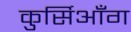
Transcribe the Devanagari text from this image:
कुर्सिआँग